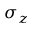
\sigma _ { z }